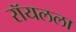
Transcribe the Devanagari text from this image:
रॉयलला